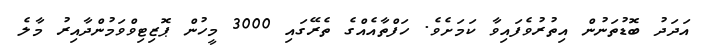
އަދަދު ބޮޑުތަނުން އިތުރުވެފައިވާ ކަމަށެވެ. ހަފްތާއެއްގެ ތެރޭގައި 3000 މީހުން ޕޮޒިޓިވްވަމުންދާއިރު މާލެ